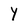
Character: y